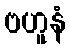
ဗဟူနံ